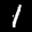
Label: 1